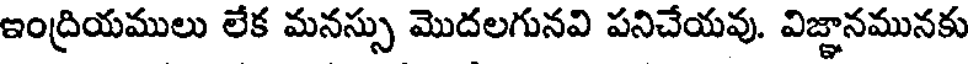
ఇంద్రియములు లేక మనస్సు మొదలగునవి పనిచేయవు. విజ్ఞానమునకు